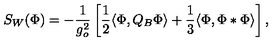
S _ { W } ( \Phi ) = - \frac { 1 } { g _ { o } ^ { 2 } } \left[ \frac { 1 } { 2 } \langle \Phi , Q _ { B } \Phi \rangle + \frac { 1 } { 3 } \langle \Phi , \Phi * \Phi \rangle \right] ,